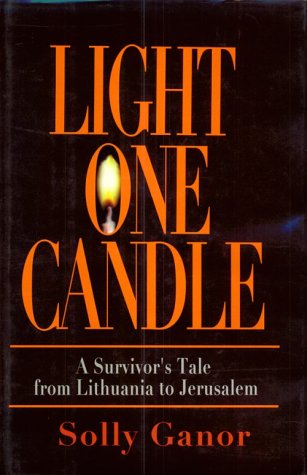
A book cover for Light One Candle: A Survivor's Tale from Lithuania to Jerusalem; Solly Ganor; Biographies & Memoirs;